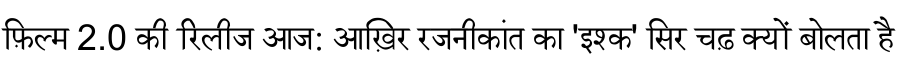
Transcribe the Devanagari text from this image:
फ़िल्म 2.0 की रिलीज आज: आख़िर रजनीकांत का 'इश्क' सिर चढ़ क्यों बोलता है